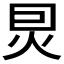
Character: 𤇀